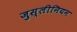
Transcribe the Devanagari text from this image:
जुस्लीनियन